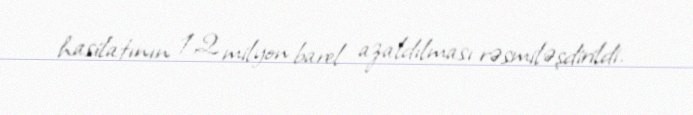
hasilatının 1,2 milyon barel azaldılması rəsmiləşdirildi.